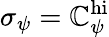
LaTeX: \sigma_{\psi}=\mathbb{C}_{\psi}^{\mathrm{{hi}}}